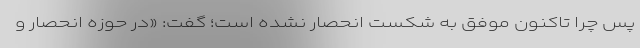
پس چرا تاکنون موفق به شکست انحصار نشده است؛ گفت: «در حوزه انحصار و